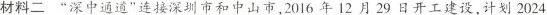
材料二 ”深中通道”连接深圳市和中山市，2016年12月29日开工建设，计划2024